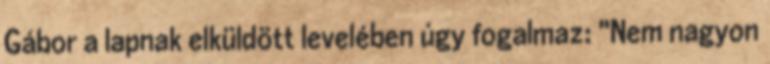
Gábor a lapnak elküldött levelében úgy fogalmaz: "Nem nagyon